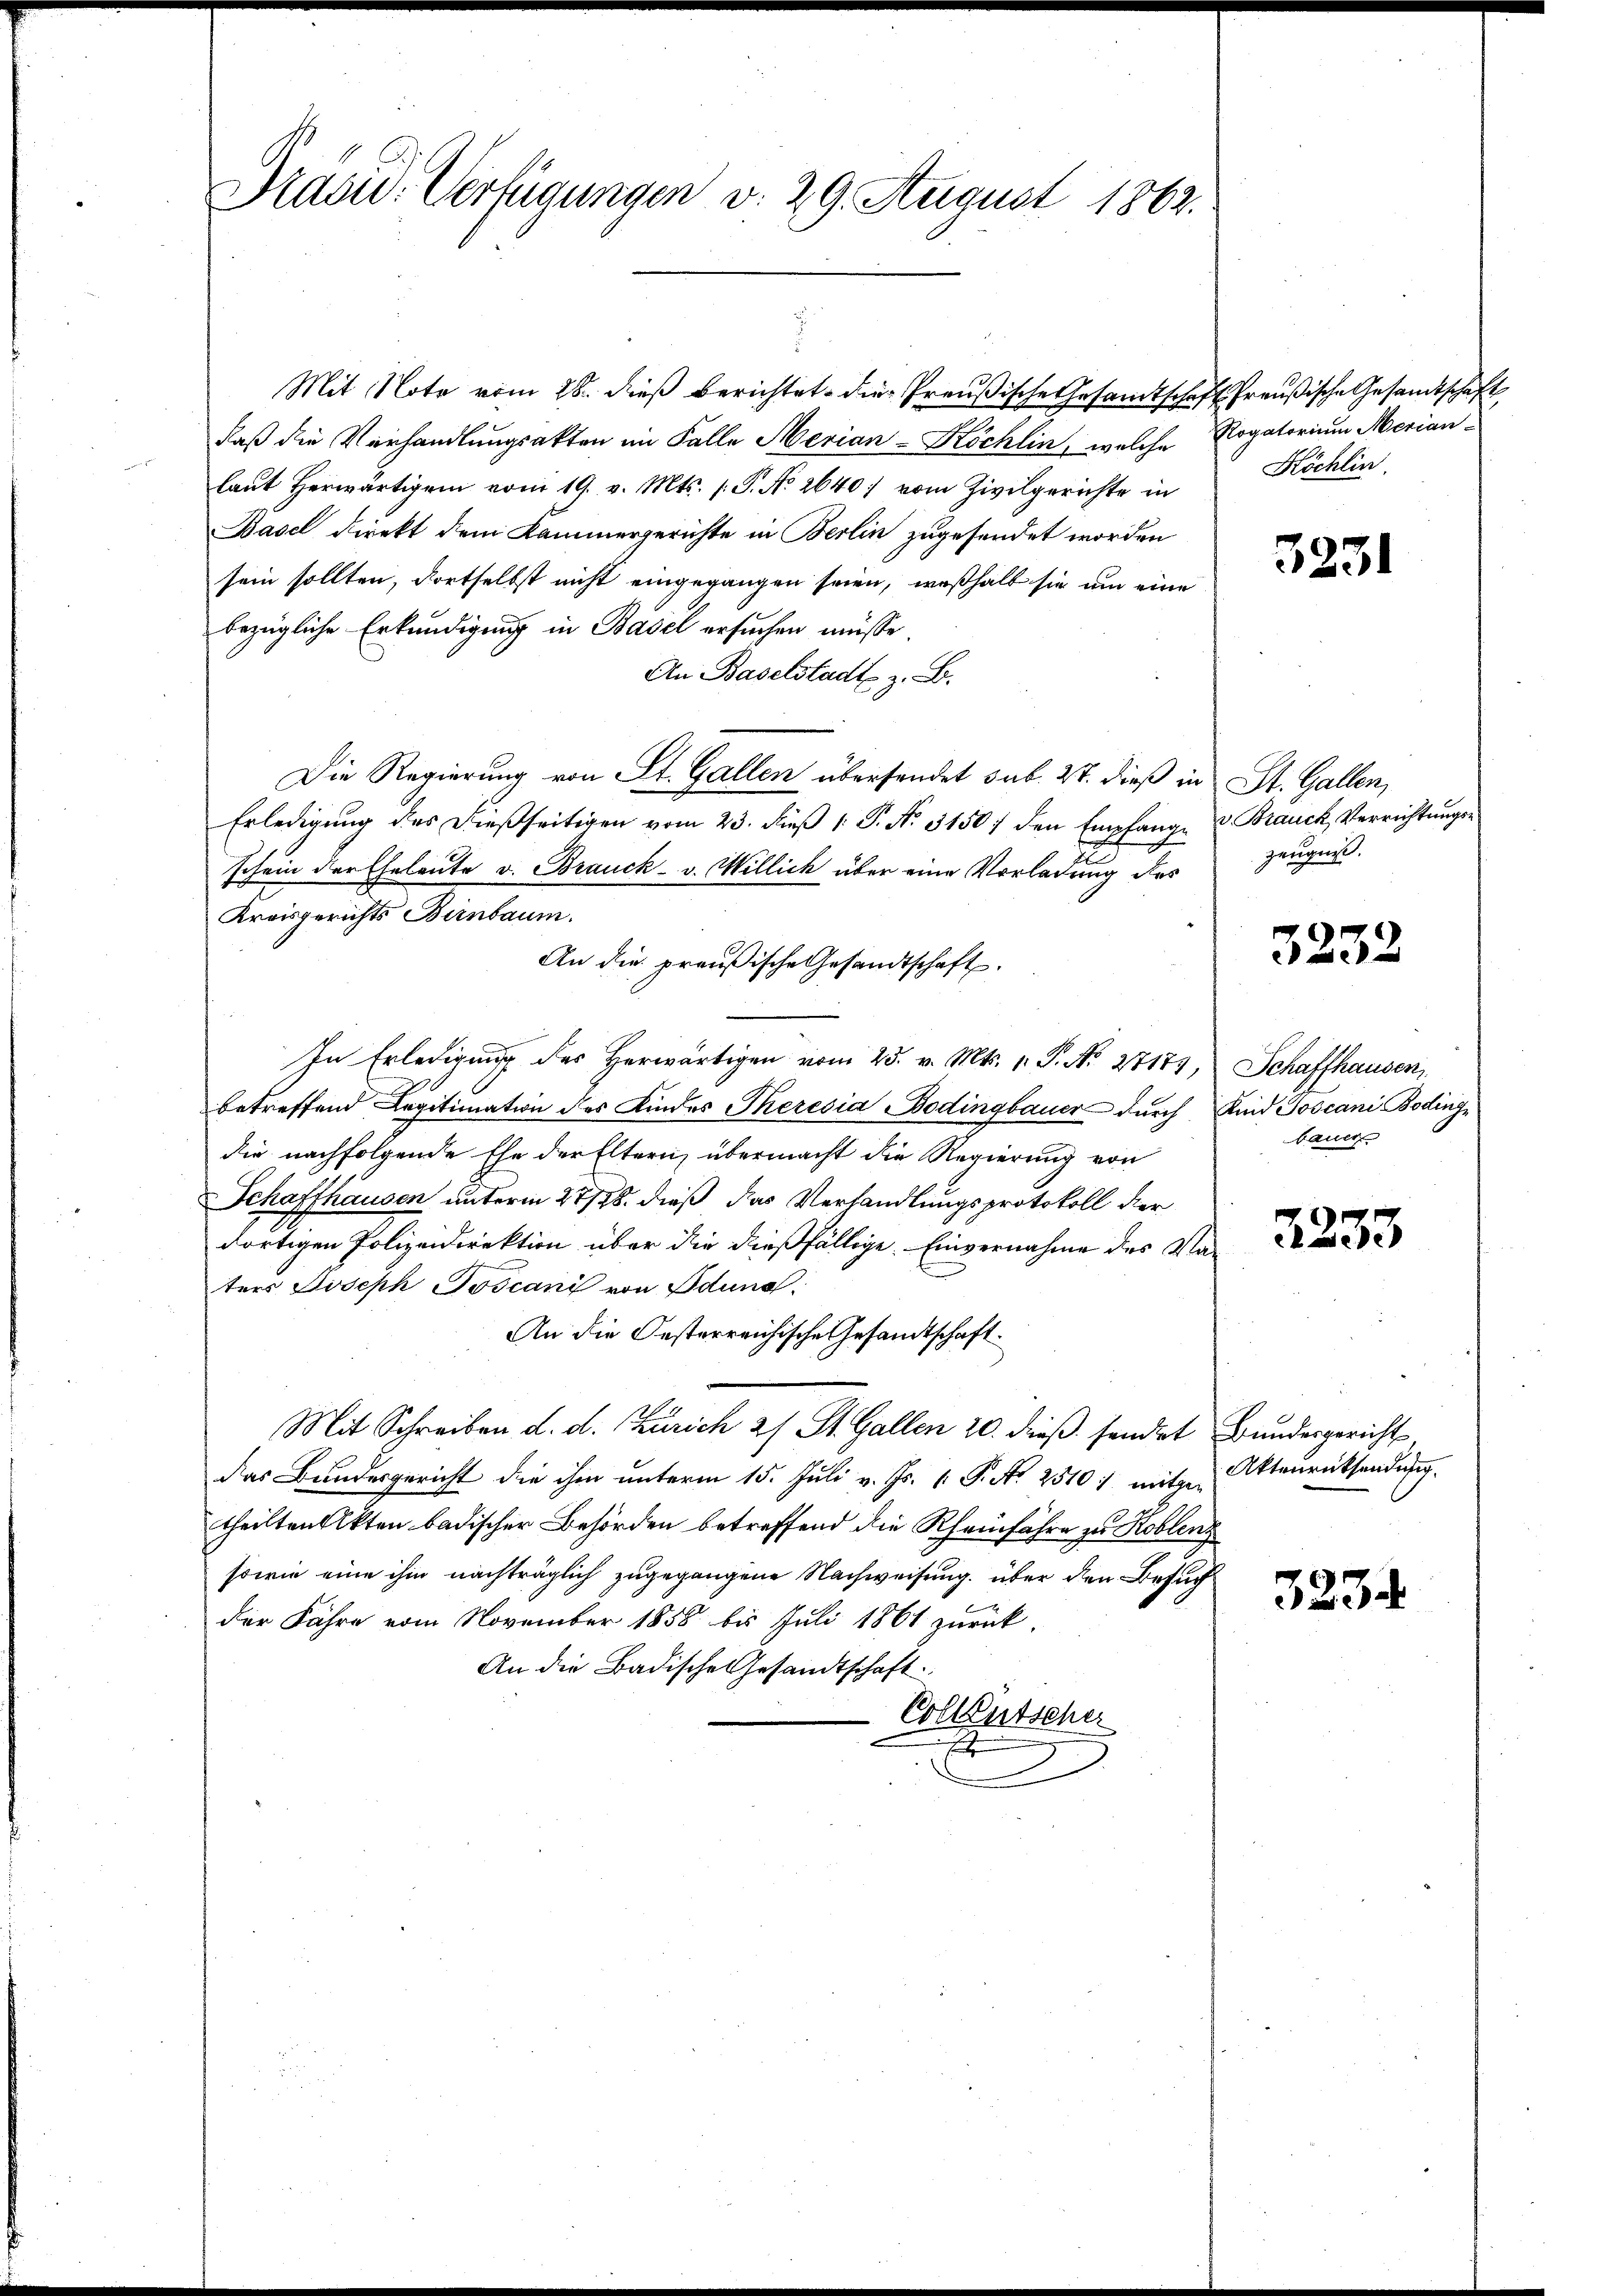
Präsid. Verfügungen d. 29. August 1862.

Mit Note vom 28. dieß berichtet die Preußische Gesamtschaft Preußische Gesandtschaft
daß die Verhandlungsakten im Falle Merian-Köchlin, welche Rogatorium Merian-
laŭt herwärtigen vom 19. v. Mts. f. P. No. 2640) vom Zivilgerichte in
Basel direkt dem Kammergerichte in Berlin zugesendet worden
sein sollten, dortselbst nicht eingegangen seien, weßhalb sie um eine
bezügliche Erkundigung in Basel ersuchen müsse.
An Baselstadt z. B.
Die Regierung von St. Gallen übersendet sub. 27. dieß in St. Gallen,
Erledigung des dießseitigen vom 23. dieß 1 P. N. 3150; den Empfange & Brauch, Verrichtungsschein der Eheleute v. Brauck- v. Millich über eine Vorladung des
Kreisgerichts Birnbaum.
An die preußische Gesandtschaft.
In Erledigung des Herwärtigen vom 25. v. Mts. v. P. Nr. 27173, Schaffhausen,
betreffend Legitimation des Kindes Theresia Bodingbauer durch Kind Joscani Bodingdie nachfolgende Ehe der Eltern, übermacht die Regierung von
Schaffhausen unterm 27/78. dieß das Verhandlungsprotokoll der
dortigen Polizeidirektion über die dießfällige. Einvernahme des Vaters Joseph Toscani von Iduna
An die Oesterreichische Gesandtschaft.
Mit Schreiben d. d. Zürich 21 St. Gallen 20. dieß sendet Bundesgericht
das Bundesgericht die ihm unterm 15. Juli v. Js. v. P. Nr. 2510) mitgen Aktenrücksendung.
theilten Akten badischer Behörden betreffend die Rheinfahre zu Koblenz
sowie eine ihm nachträglich zugegangene Nachweisung über den Besuchder Fähre vom November 1858 bis Juli 1861 zurück.
An die Badische Gesandtschaft.
Collentschei
E

Köchlin

3231

zeugniß.

3232

bauer

2233

3234